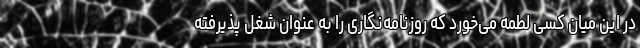
در این میان کسی لطمه می‌خورد که روزنامه‌نگاری را به عنوان شغل پذیرفته